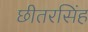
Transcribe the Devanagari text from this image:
छीतरसिंह